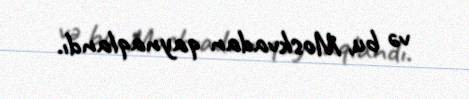
və bu, Moskvadan qaynaqlandı.